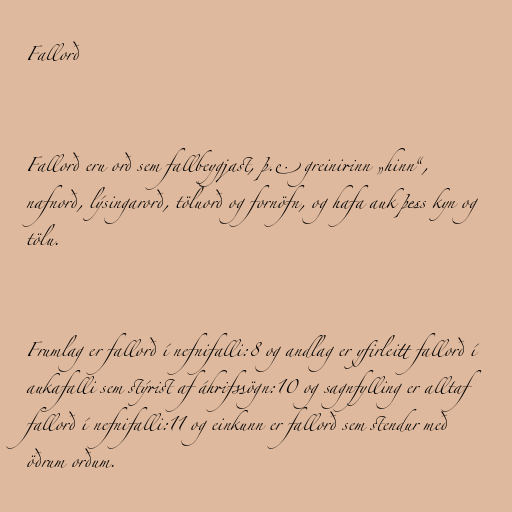
Fallorð

Fallorð eru orð sem fallbeygjast, þ.e. greinirinn „hinn“,
nafnorð, lýsingarorð, töluorð og fornöfn, og hafa auk þess kyn og
tölu.

Frumlag er fallorð í nefnifalli:8 og andlag er yfirleitt fallorð í
aukafalli sem stýrist af áhrifssögn:10 og sagnfylling er alltaf
fallorð í nefnifalli:11 og einkunn er fallorð sem stendur með
öðrum orðum.